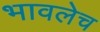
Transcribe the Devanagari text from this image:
भावलेच